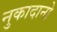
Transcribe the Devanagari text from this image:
नुकादानो